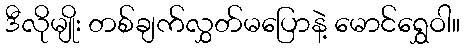
ဒီလိုမျိုး တစ်ချက်လွှတ်မပြောနဲ့ မောင်ရွှေဝါ။